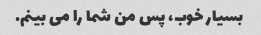
بسیار خوب، پس من شما را می بینم.